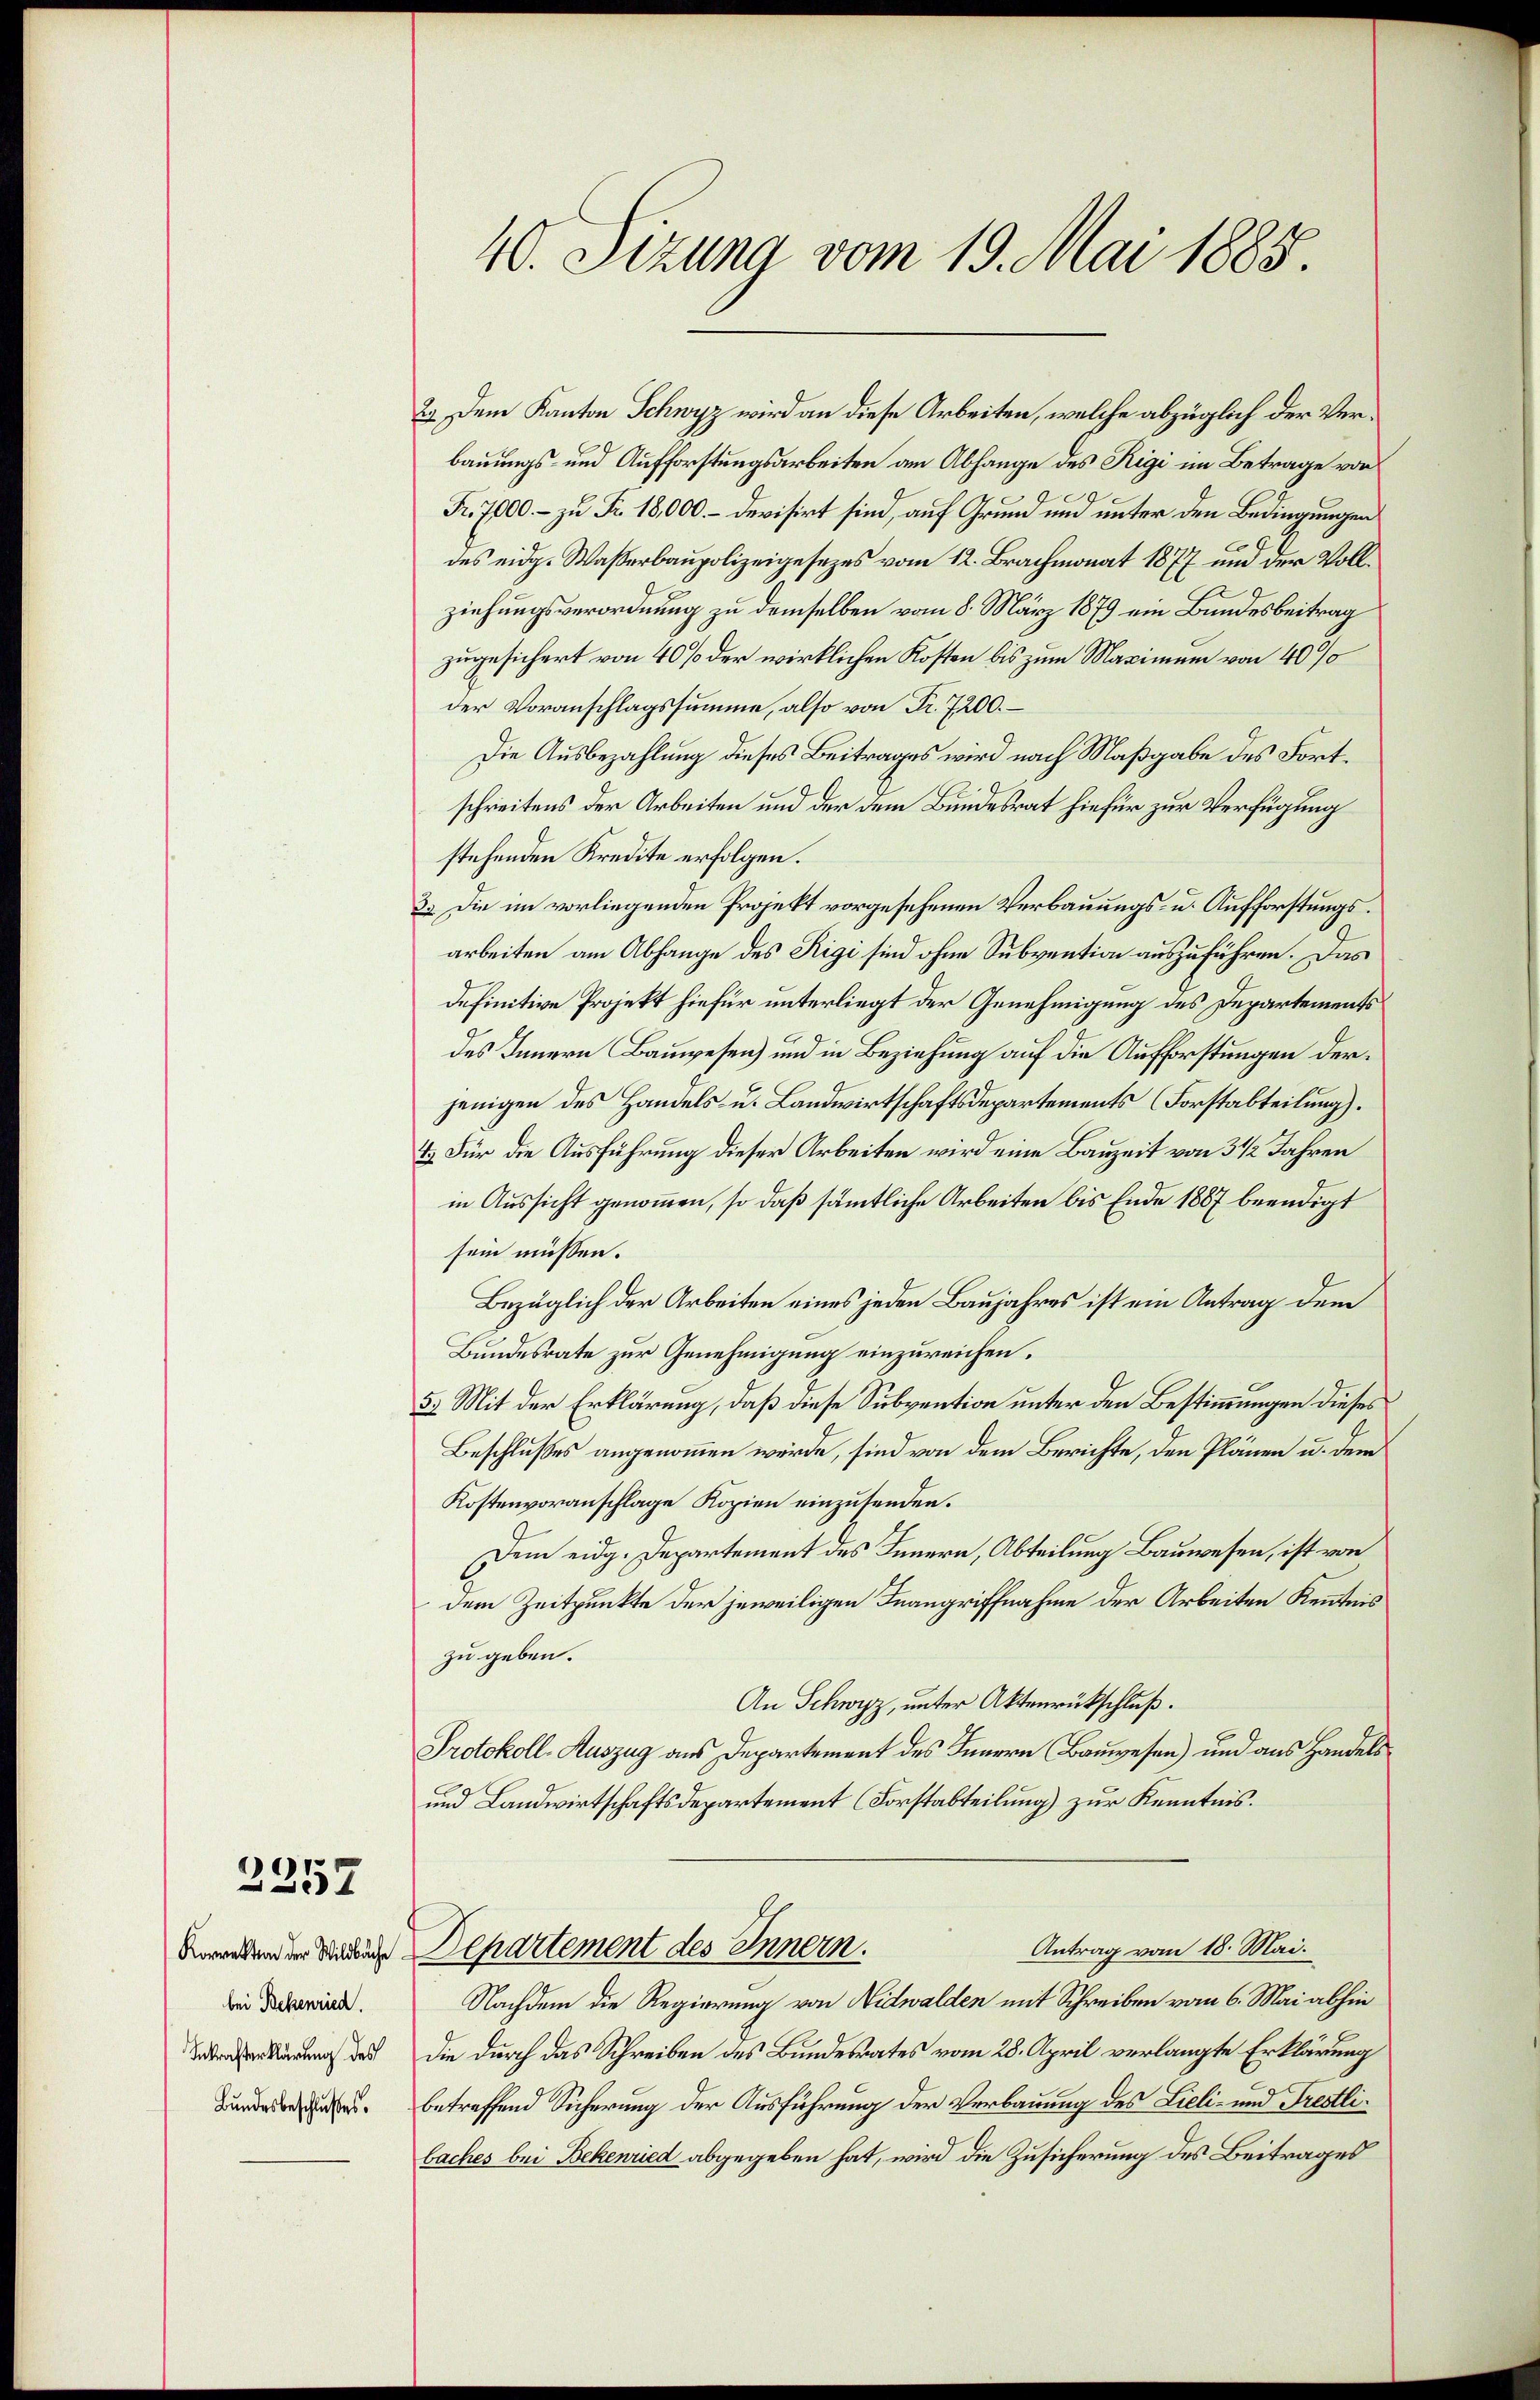
2357

bei Bekenried.
Inkrafterklärung des
Bundesbeschlußes.

40. Sizung vom 19. Mai 1885.

2.) Dem Kanton Schwyz wird an diese Arbeiten, welche abzüglich der Verbauungs- und Aufforstungsarbeiten am Abhange des Rigi im Betrage von
Fr. 7000 – zu Fr. 18000.- devisirt sind, auf Grund und unter den Bedingungen
des eidg. Waßerbaupolizeigesezes vom 12. Brachmonat 1877 und der Vollziehungsverordnung zu demselben vom 8. März 1879 ein Bundesbeitrag
zugesichert von 40% der wirklichen Kosten bis zum Maximum von 40%
der Voranschlagssumme, also von Fr. 7200. –
Die Ausbezahlung dieses Beitrages wird nach Maßgabe des Fortschreitens der Arbeiten und der dem Bundesrat hiefür zur Verfügung
stehenden Kredite erfolgen.
3. Die im vorliegenden Projekt vorgesehenen Verbauungs- u. Aufforstungsarbeiten am Abhange des Rigi sind ohne Subvention auszuführen. Das
definitive Projekt hiefür unterliegt der Genehmigung des Departements
des Innern Bauwesen) und in Beziehung auf die Aufforstungen derjenigen des Handels- u. Landwirtschaftsdepartements (Forstabteilung).
&.) Für die Ausführung dieser Arbeiten wird eine Bauzeit von 3 1/2 Jahren
in Aussicht genommen, so daß sämmtliche Arbeiten bis Ende 1887 beendigt
sein müssen.
Bezüglich der Arbeiten eines jeden Baujahres ist ein Antrag dem
Bundesrate zur Genehmigung einzureichen.
5. Mit der Erklärung, daß diese Subvention unter den Bestimmungen dieses
Beschlußes angenommen würde, sind von dem Berichte, den Plänen u. dem
Kostenvoranschlage Kopien einzusenden.
Dem eidg. Departement des Innern, Abteilung Bauwesen, ist von
dem Zeitpunkte der jeweiligen Inangriffnahme der Arbeiten Kenntnis
zu geben.
An Schwyz, unter Aktenrückschluß.
Protokoll-Auszug aus Departement des Innern Bauwesen) und aus Handels
und Landwirtschaftsdepartement (Forstabteilung) zur Kenntnis.
Antrag vom 18. Mai.
bwendend der Studine Departement des Innern.
Nachdem die Regierung von Nidwalden mit Schreiben vom 6. Mai abhin
die durch das Schreiben des Bundesrates vom 28. April verlangte Erklärung
betreffend Sicherung der Ausführung der Verbauung des Lieli- und Trestlibaches bei Bekenried abgegeben hat, wird die Zusicherung des Beitrages